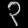
Digit: ၃